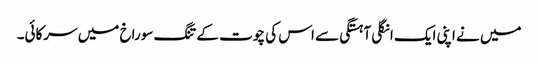
میں نے اپنی ایک انگلی آہستگی سے اس کی چوت کے تنگ سوراخ میں سرکائی۔